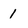
Character: 1